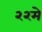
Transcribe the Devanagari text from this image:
२२मे